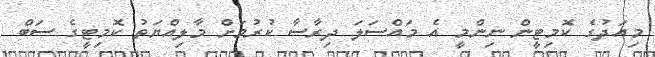
މިއަދުގެ ކޮމިޓީން ނިންމީ އެ މައްސަލަ ދިރާސާ ކުރުމަށް މާލިއްޔަތު ކޮމިޓީގެ ސަބް